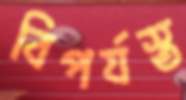
বিপর্যস্ত